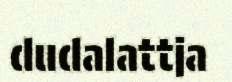
dudalattja